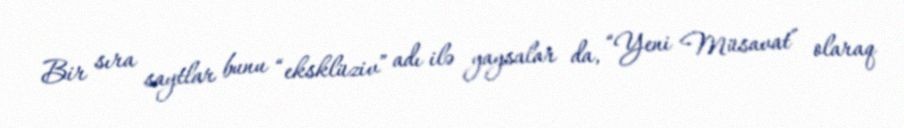
Bir sıra saytlar bunu “eksklüziv” adı ilə yaysalar da, “Yeni Müsavat” olaraq